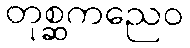
တုစ္ဆကညေဝ